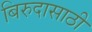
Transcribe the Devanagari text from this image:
बिरुदासाठी